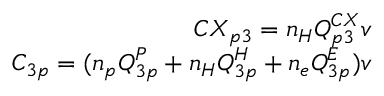
\begin{array} { r } { C X _ { p 3 } = n _ { H } Q _ { p 3 } ^ { C X } v } \\ { C _ { 3 p } = ( n _ { p } Q _ { 3 p } ^ { P } + n _ { H } Q _ { 3 p } ^ { H } + n _ { e } Q _ { 3 p } ^ { E } ) v } \end{array}